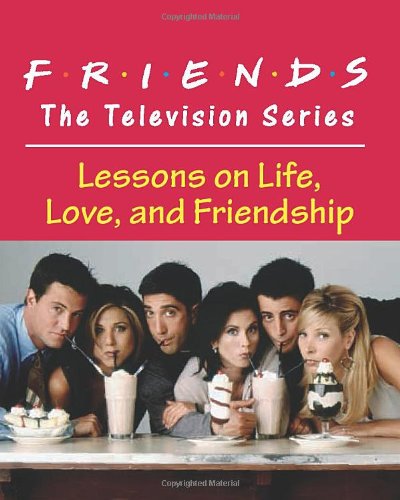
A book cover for Friends: The Television Series: Lessons on Life, Love, and Friendship; Shoshana Cohen Stopek; Self-Help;